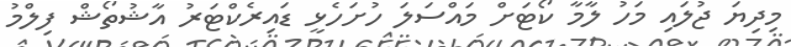
މިދިޔަ ޖުލައި މަހު ލާމާ ކޯޓަށް މައްސަލަ ހުށަހެޅީ ޑައިރެކްޓަރު އާޝުތޯޝް ފިލްމު